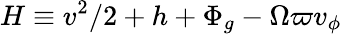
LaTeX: H\equiv{{v^{2}}/{2}}+h+\Phi_{g}-\Omega\varpi v_{\phi}